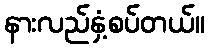
နားလည်နှံ့စပ်တယ်။